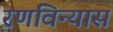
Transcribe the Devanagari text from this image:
रणविन्यास